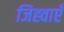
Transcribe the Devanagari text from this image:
जिह्वाएँ